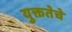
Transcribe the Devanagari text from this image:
युक्ततेचे